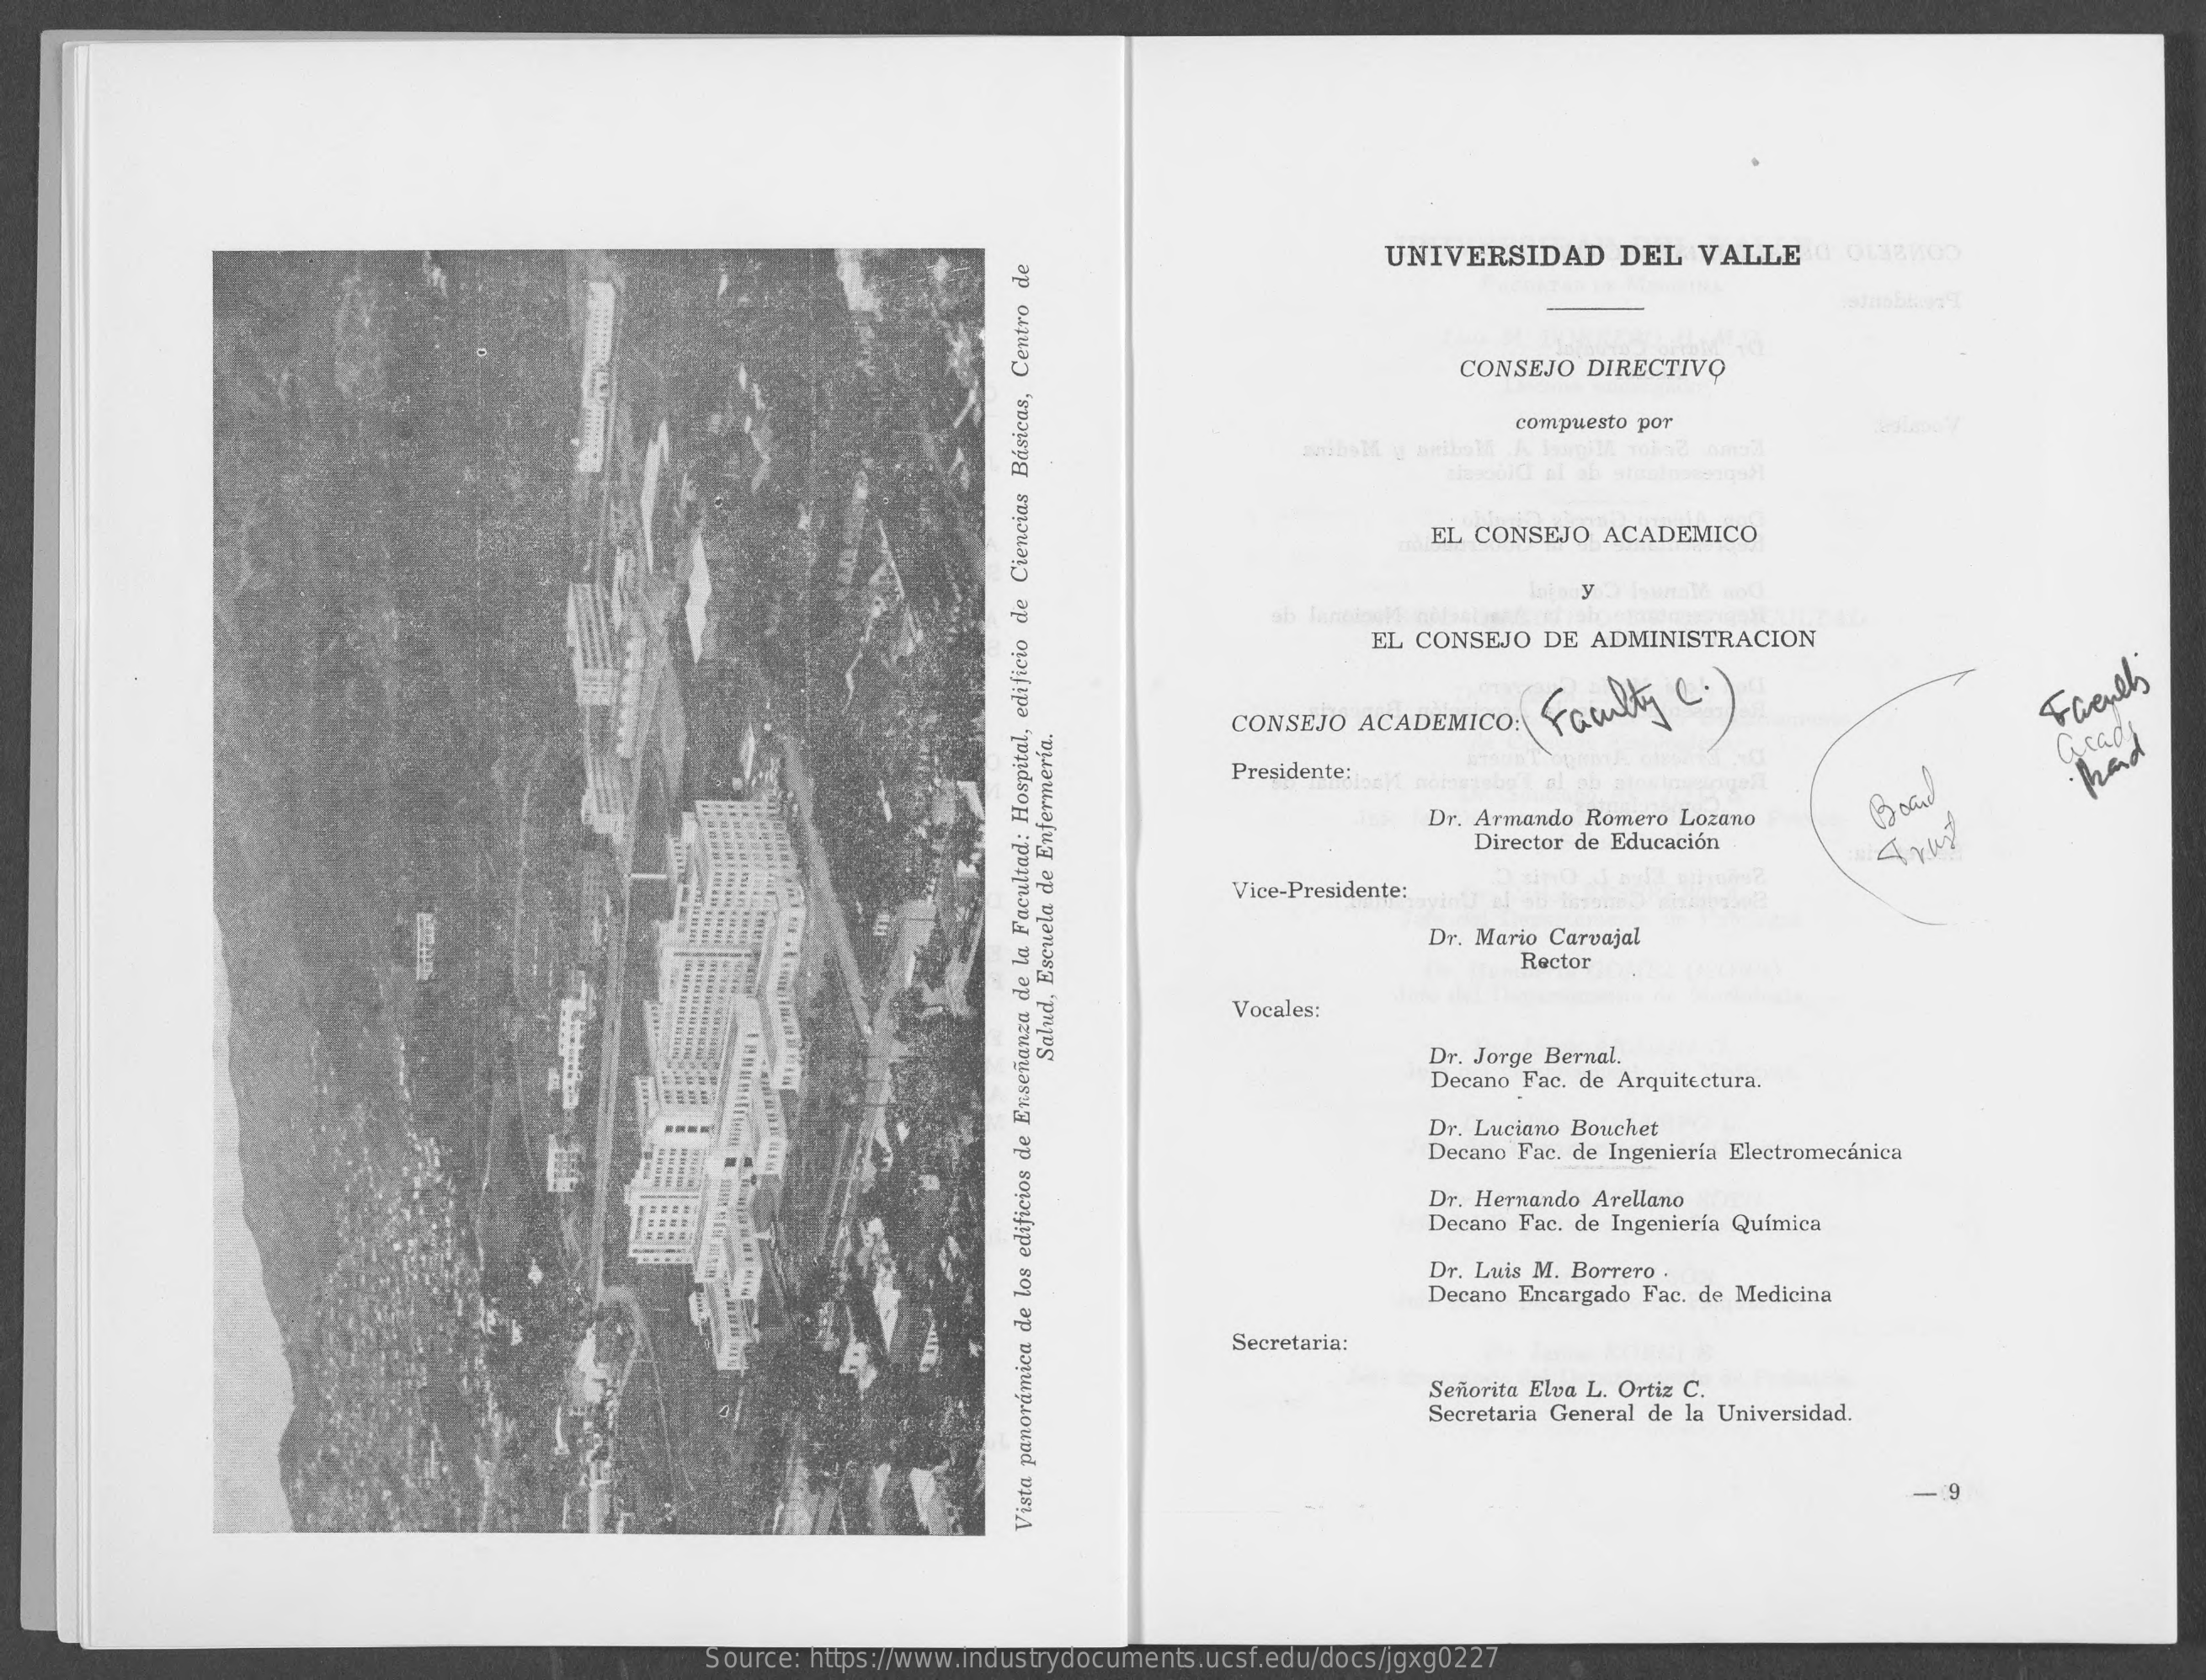
UNIVERSIDAD    DEL   VALLE    0138/100
     CONSEJO  DIRECTIVO
     compuesto por
     EL CONSEJO  ACADEMICO
     y
     sb
     EL CONSEJO   DE ADMINISTRACION
     Faulty    C : )
     CONSEJO  ACADEMICO:
     French
     Presidente:
     Grade hand
     Dr. Armando Romero Lozano
     Board
     Director de Educación
     Vice-Presidente:
     Dr. Mario Carvajal
     Rector
     Vocales:
     Dr. Jorge Bernal.
     Decano Fac. de Arquitectura.
     Salud,
     Escuela
     de
     Enfermeria,
     Dr. Luciano Bouchet
     Decano Fac. de Ingeniería Electromecánica
     Dr. Hernando Arellano
     Decano Fac. de Ingeniería Química
     Dr. Luis M. Borrero .
     Decano Encargado Fac. de Medicina
     Secretaria:
     Señorita Elva L. Ortiz C.
     Secretaria General de la Universidad.
     -. 9
     Vista
     panorámica
     de
     los
     edificios
     de
     Enseñanza
     de
     la
     Facultad:
     Hospital,
     edificio
     de
     Ciencias
     Básicas,
     Centro
     de
     Source: https://www.industrydocuments.ucsf.edu/docs/jgxg0227